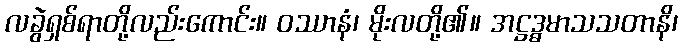
လခွဲရှစ်ရာတို့လည်းကောင်း။ ဝဿာနံ၊ မိုးလတို့၏။ အဋ္ဌဒ္ဓမာသသတာနိ၊